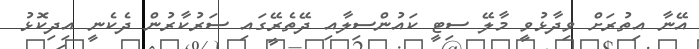
އޭނާ އިތުރަށް ވިދާޅުވީ މާލޭ ސިޓީ ކައުންސިލާއި ދޭތެރޭގައި ސަރުކާރުން ދެކެނީ އިދިކޮޅު